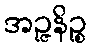
အဉ္ဇနိဉ္စ